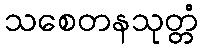
သစေတနသုတ္တံ